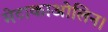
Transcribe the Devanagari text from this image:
मेटाकाओलिन।